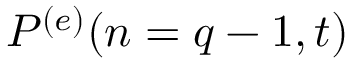
P ^ { ( e ) } ( n = q - 1 , t )